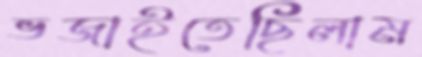
ভজাইতেছিলাম